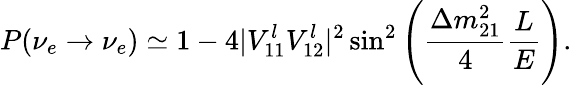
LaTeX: P(\nu_{e}\rightarrow\nu_{e})\simeq 1-4|V_{11}^{l}V_{12}^{l}|^{2}\sin^{2}\left(\frac{\Delta m_{21}^{2}}{4}\frac{L}{E}\right).